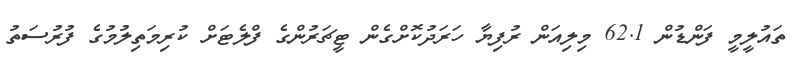
ތައުލީމީ ފަންޑުން 62.1 މިލިއަން ރުފިޔާ ހަރަދުކޮށްގެން ޓީޗަރުންގެ ފްލެޓަށް ކުރިމަތިލުމުގެ ފުރުސަތު